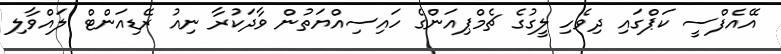
އޭއެފްސީ ކަޕްގައި ދިވެހި ލީގުގެ ޗެމްޕިއަންގެ ހައިސިއްޔަތުން ވާދަކުރާ ނިއު ރޭޑިއަންޓް ލައްވާލި